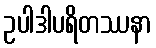
ဥပါဒါပရိတဿနာ